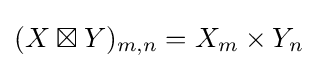
(X\boxtimes Y)_{m,n}=X_{m}\times Y_{n}